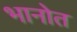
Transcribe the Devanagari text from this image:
भानोत